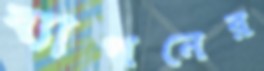
ব্যাপনের